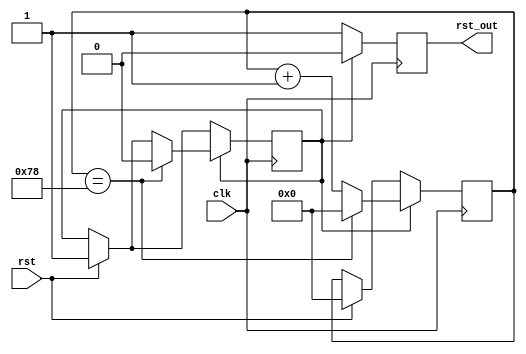
`default_nettype none

module resetter (
    input wire clk,
    input wire rst,
    output reg rst_out
);

// 120 cycles at 12MHz = 10uS
parameter cycles = 120;

reg [31:0] cnt = 0;
reg counting = 1'b0;

always @(posedge clk)
begin
    rst_out <= 1;

    if (rst)
    begin
        // reset
        cnt <= 0;
        counting <= 1;
    end

    if (counting)
    begin
        cnt <= cnt + 1;
        rst_out <= 0;
        if (cnt == cycles)
        begin
            cnt <= 0;
            counting <= 0;
        end
    end
end

endmodule